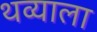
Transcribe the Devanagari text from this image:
थव्याला